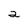
Character: a